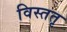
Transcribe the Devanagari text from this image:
विस्ततृ